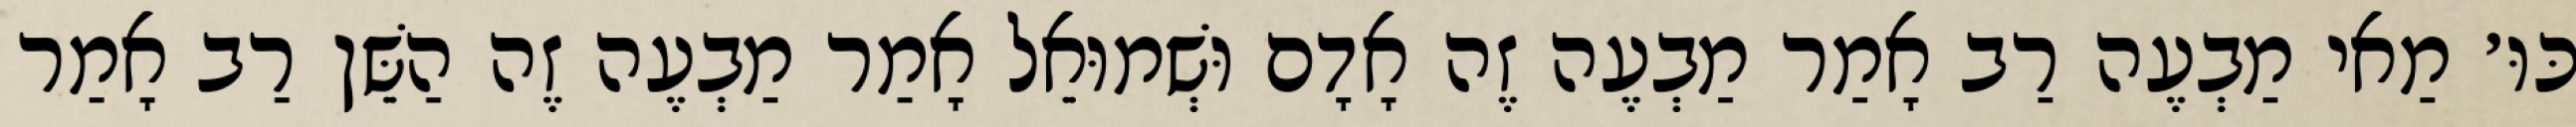
כּוּ׳ מַאי מַבְעֶה רַב אָמַר מַבְעֶה זֶה אָדָם וּשְׁמוּאֵל אָמַר מַבְעֶה זֶה הַשֵּׁן רַב אָמַר